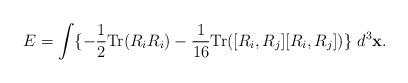
LaTeX: \begin{align*}E=\int \{-\frac{1}{2}\mbox{Tr}(R_iR_i)-\frac{1}{16}\mbox{Tr}([R_i,R_j][R_i,R_j])\} \ d^3{\bf x}.\end{align*}